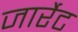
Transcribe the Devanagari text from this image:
जार्रेट